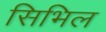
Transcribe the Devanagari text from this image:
सिभिल